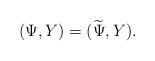
LaTeX: \begin{align*} (\Psi,Y) = (\widetilde{\Psi},Y). \end{align*}